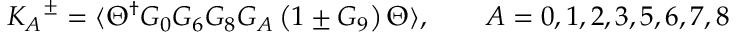
{ K _ { A } } ^ { \pm } = \langle \Theta ^ { \dagger } G _ { 0 } G _ { 6 } G _ { 8 } G _ { A } \left( 1 \pm G _ { 9 } \right) \Theta \rangle , \qquad A = 0 , 1 , 2 , 3 , 5 , 6 , 7 , 8